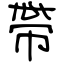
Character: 帶